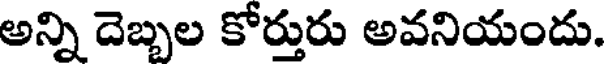
అన్ని దెబ్బల కోర్తురు అవనియందు.